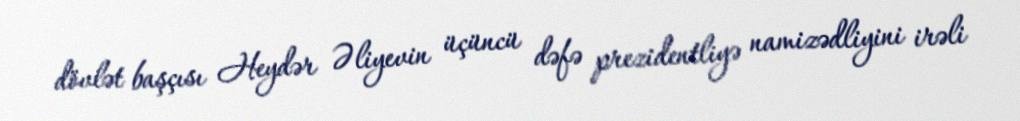
dövlət başçısı Heydər Əliyevin üçüncü dəfə prezidentliyə namizədliyini irəli